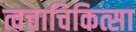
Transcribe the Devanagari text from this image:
त्वचाचिकित्सा